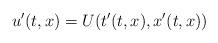
LaTeX: \begin{align*}u'(t,x)=U(t'(t,x), x'(t,x))\end{align*}